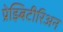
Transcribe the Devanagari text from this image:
प्रेझ्बिटीरिअन